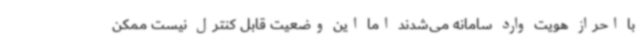
با احراز هویت وارد سامانه می‌شدند اما این وضعیت قابل کنترل نیست ممکن